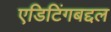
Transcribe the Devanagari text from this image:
एडिटिंगबद्दल